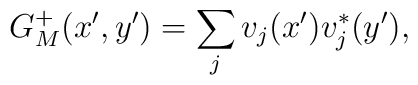
G_{M}^{+}(x',y')=\sum_j v_j(x') v^*_j(y'),